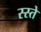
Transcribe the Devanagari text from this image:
स्स्ते